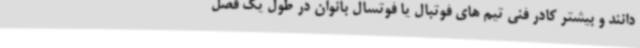
دانند و بیشتر کادر فنی تیم های فوتبال یا فوتسال بانوان در طول یک فصل